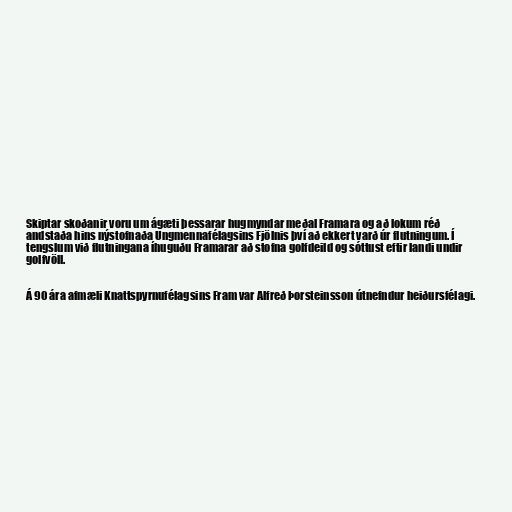
Skiptar skoðanir voru um ágæti þessarar hugmyndar meðal Framara og að lokum réð
andstaða hins nýstofnaða Ungmennafélagsins Fjölnis því að ekkert varð úr flutningum. Í
tengslum við flutningana íhuguðu Framarar að stofna golfdeild og sóttust eftir landi undir
golfvöll.

Á 90 ára afmæli Knattspyrnufélagsins Fram var Alfreð Þorsteinsson útnefndur heiðursfélagi.